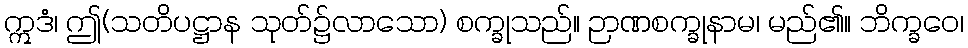
ဣဒံ၊ ဤ(သတိပဋ္ဌာန သုတ်၌လာသော) စက္ခုသည်။ ဉာဏစက္ခုနာမ၊ မည်၏။ ဘိက္ခဝေ၊